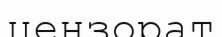
цензорат